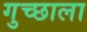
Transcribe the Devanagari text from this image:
गुच्छाला